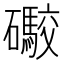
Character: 礮